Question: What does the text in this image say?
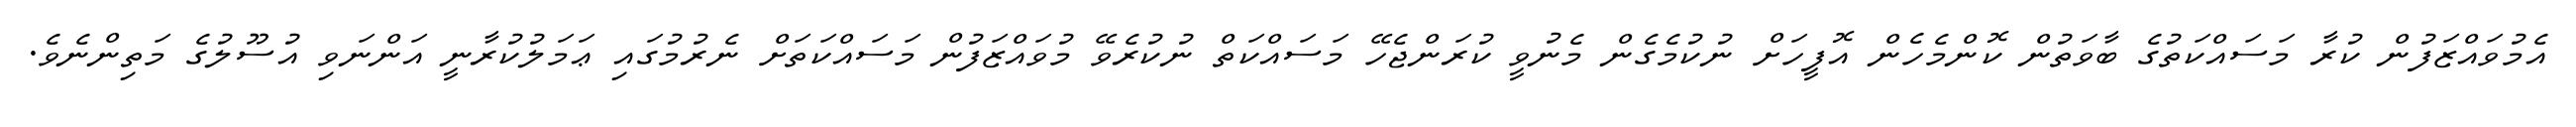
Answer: އެމުވައްޒަފުން ކުރާ މަސައްކަތުގެ ބާވަތުން ކޮންމެހެން އޮފީހަށް ނުކުމެގެން މެނުވީ ކުރަންޖެހޭ މަސައްކަތް ނުކުރެވޭ މުވައްޒަފުން މަސައްކަތަށް ނެރުމުގައި ޢަމަލުކުރާނީ އަންނަވި އުސޫލުގެ މަތިންނެވެ.